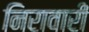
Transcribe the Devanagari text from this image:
निरावारी